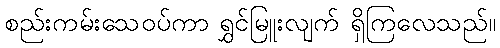
စည်းကမ်းသေဝပ်ကာ ရွှင်မြူးလျက် ရှိကြလေသည်။